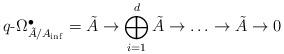
LaTeX: \begin{align*}q\text-\Omega^\bullet_{\tilde{A}/A_{\inf}} = \tilde{A}\to \bigoplus_{i=1}^d \tilde{A}\to \ldots\to \tilde{A}\to 0\end{align*}